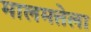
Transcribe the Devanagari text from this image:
मालमत्तेला